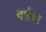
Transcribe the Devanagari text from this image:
दर्शचा